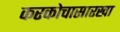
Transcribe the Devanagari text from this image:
करकोचासारखा